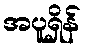
အပူရှိန်